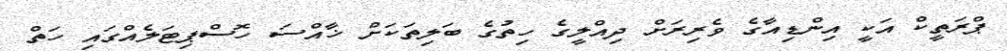
ޕްރަތީކް އަކީ އިންޑިއާގެ ވެރިރަށް ދިއްލީގެ ހިތުގެ ބަލިތަކަށް ޚާއްސަ ހޮސްޕިޓަލެއްގައި ހަތް